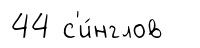
44 с'и́нглов